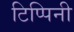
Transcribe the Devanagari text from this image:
टिप्पिनी